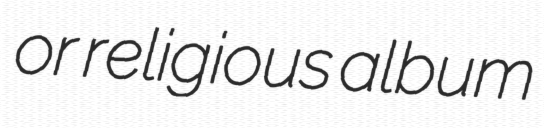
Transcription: or religious album